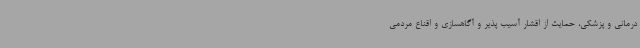
درمانی و پزشکی، حمایت از اقشار آسیب پذیر و آگاهسازی و اقناع مردمی